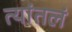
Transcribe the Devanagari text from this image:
त्यांतलं